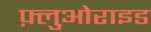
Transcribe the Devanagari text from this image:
फ़्लुओराइड